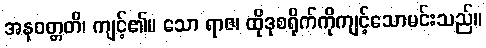
အနုဝတ္တတိ၊ ကျင့်၏။ သော ရာဇ၊ ထိုဒုစရိုက်ကိုကျင့်သောမင်းသည်။